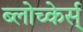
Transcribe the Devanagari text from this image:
ब्लोच्केर्स्